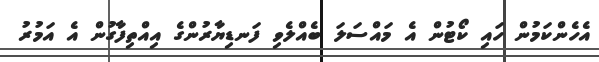
އެހެންކަމުން ހައި ކޯޓުން އެ މައްސަލަ ބެއްލެވި ފަނޑިޔާރުންގެ އިއްތިފާގުން އެ އަމުރު